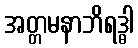
အတ္တမနာဘိရဒ္ဓါ